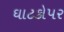
ઘાટકોપર